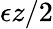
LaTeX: \epsilon z/2